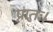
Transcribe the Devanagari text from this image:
प्रातः।